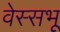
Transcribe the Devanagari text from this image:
वेस्सभू